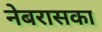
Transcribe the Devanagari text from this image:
नेबरासका